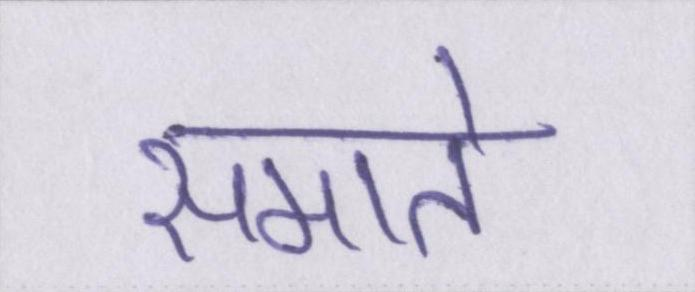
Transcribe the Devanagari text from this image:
समाते